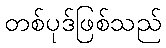
တစ်ပုဒ်ဖြစ်သည်